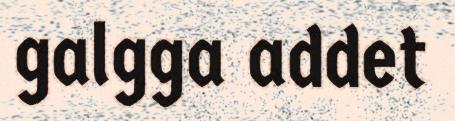
galgga addet